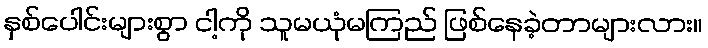
နှစ်ပေါင်းများစွာ ငါ့ကို သူမယုံမကြည် ဖြစ်နေခဲ့တာများလား။